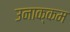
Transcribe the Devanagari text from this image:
उनाक्कम